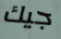
جيك